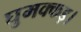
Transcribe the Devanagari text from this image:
घुमक्कड़।